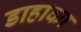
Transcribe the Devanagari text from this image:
डाहाका